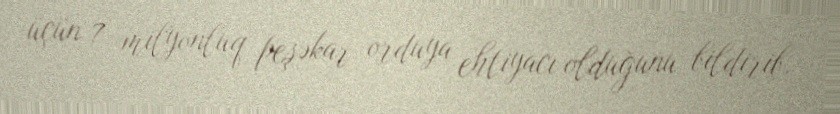
üçün 7 milyonluq peşəkar orduya ehtiyacı olduğunu bildirib.